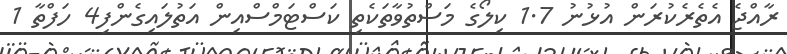
ރާއްޖެ އެތެރެކުރަން އުޅުނު 1.7 ކިލޯގެ މަސްތުވާތަކެތި ކަސްޓަމްސްއިން އަތުލައިގެންފި4 ހަފްތާ 1